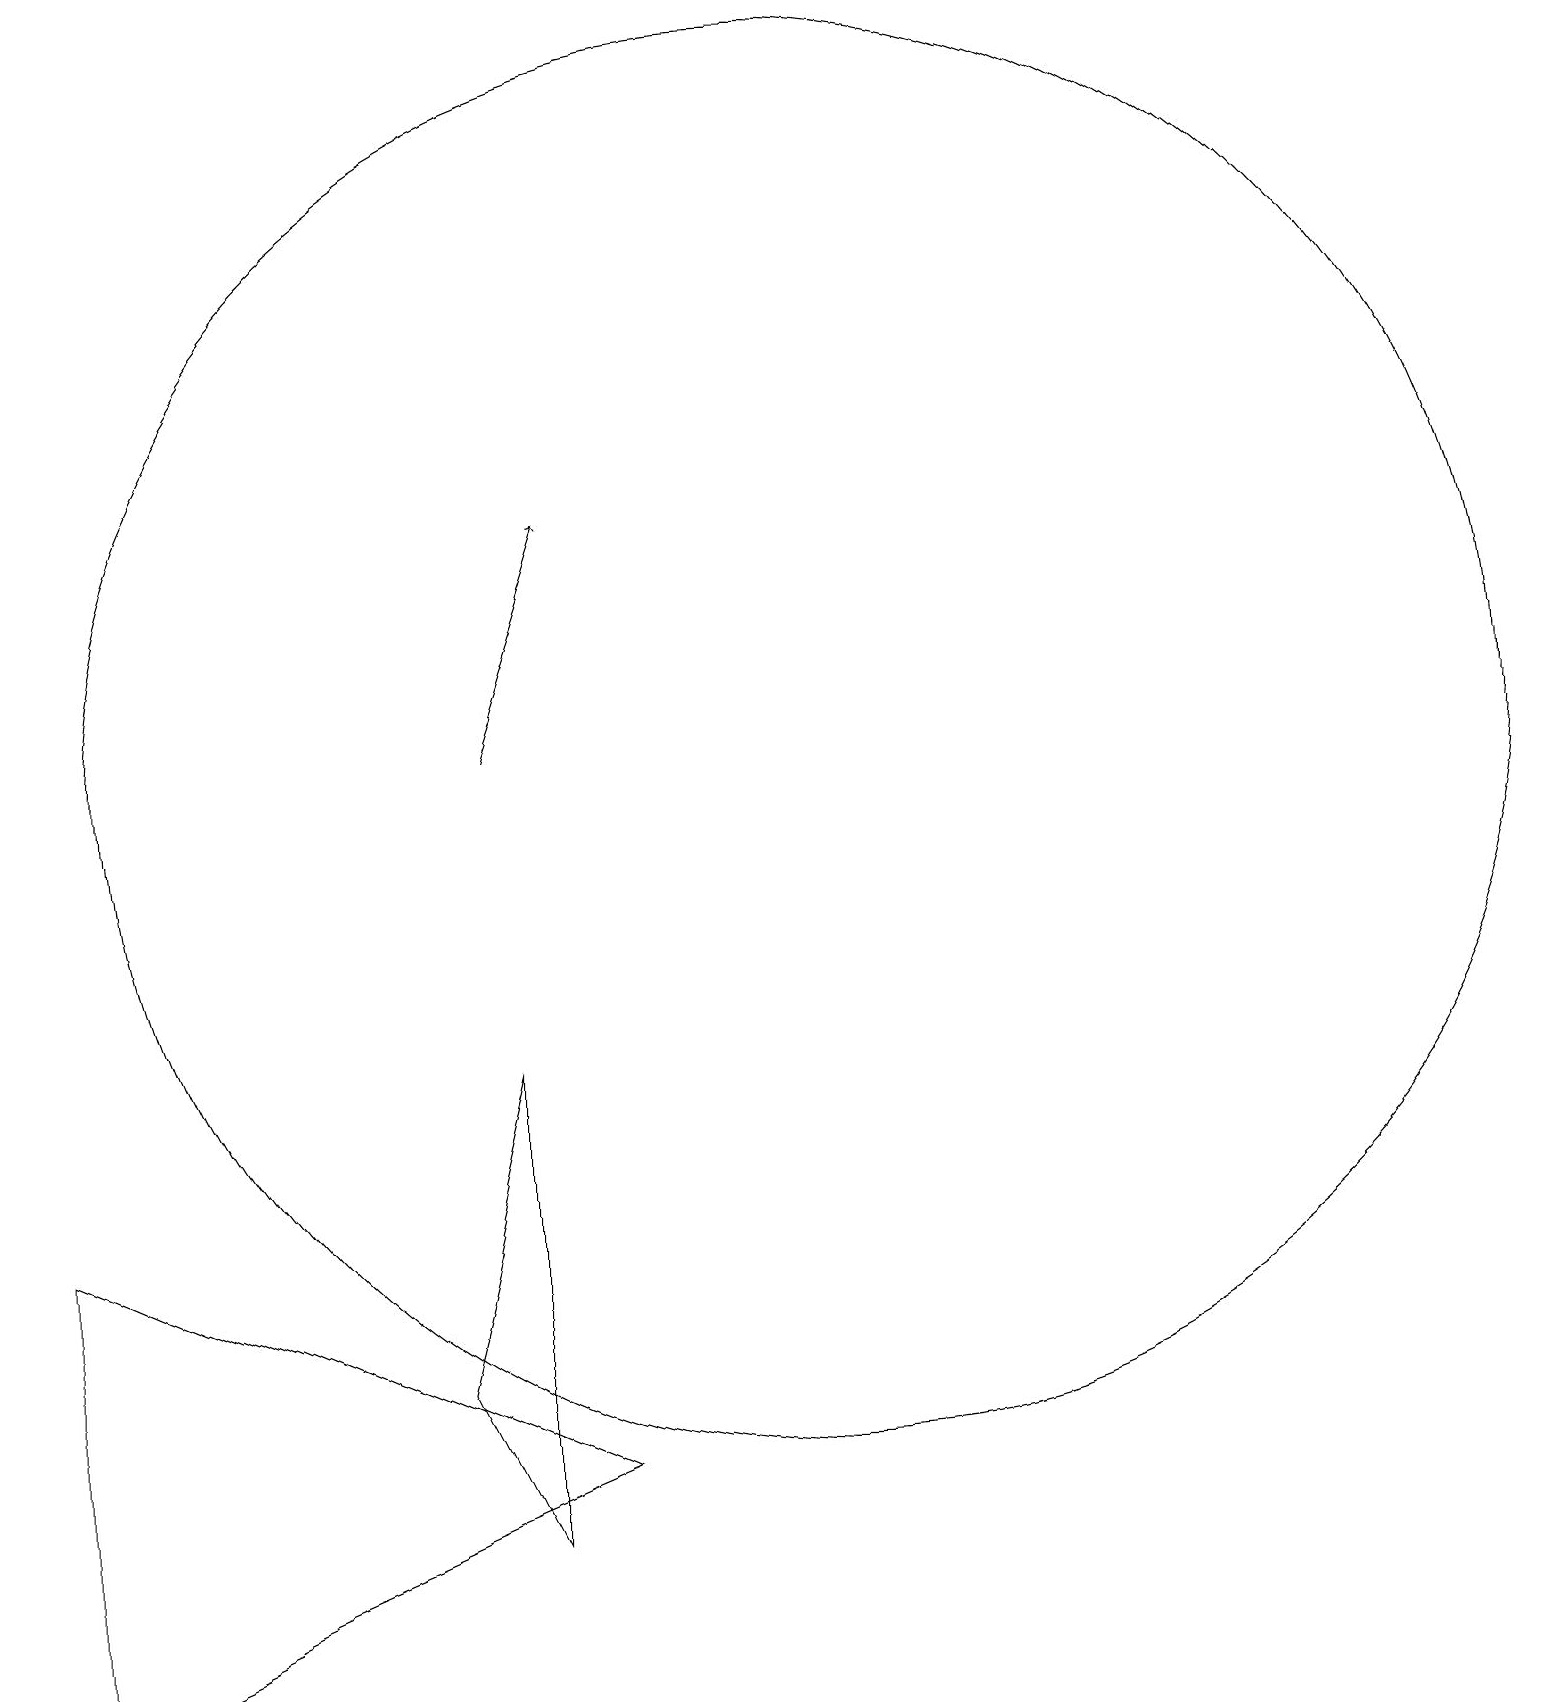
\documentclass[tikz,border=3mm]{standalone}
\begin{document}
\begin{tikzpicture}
\draw (0,6) -- (0,0) -- (7,3) -- cycle;
\draw (6,2) -- (6,8) -- (5,4) -- cycle;
\draw (10,12) circle (9);
\draw[->] (6,12) -- (7,15);
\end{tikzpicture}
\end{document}